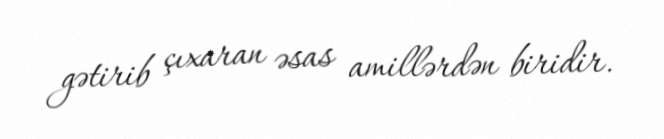
gətirib çıxaran əsas amillərdən biridir.